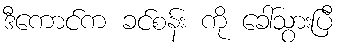
ဒီကောင်က ခင်စန်း ကို ခေါ်သွားပြီ